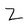
Character: Z